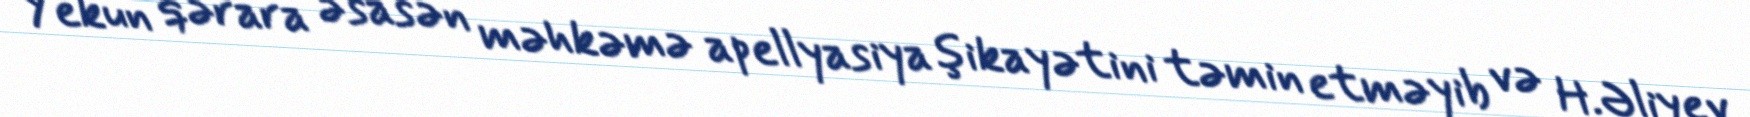
Yekun qərara əsasən məhkəmə apellyasiya şikayətini təmin etməyib və H.Əliyev